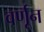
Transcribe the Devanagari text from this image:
वर्णून